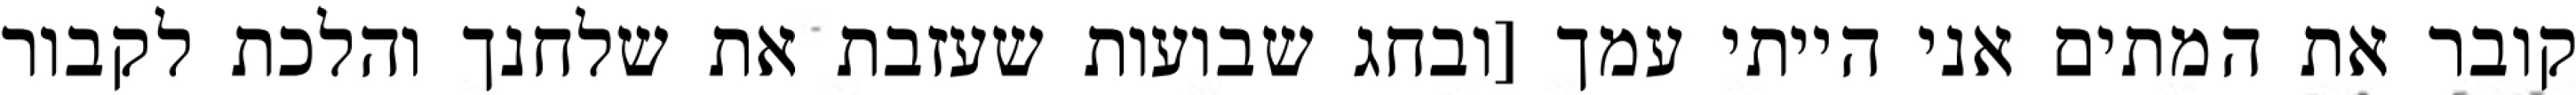
קובר את המתים אני הייתי עמך [ובחג שבועות שעזבת את שלחנך והלכת לקבור